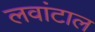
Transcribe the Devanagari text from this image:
लवांटाल